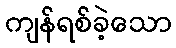
ကျန်ရစ်ခဲ့သော